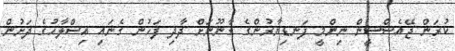
ކުރަން ޖޭއެސްސީން ނިންމީ ފަނޑިޔާރުންގެ ގާނޫނަށް ދާދިި ފަހުން ގެނައި އިސްލާހުގެ ދަށުން